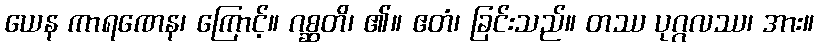
ယေန ကာရဏေန၊ ကြောင့်။ ဂစ္ဆတိ၊ ၏။ ဧတံ၊ ခြင်းသည်။ တဿ ပုဂ္ဂလဿ၊ အား။